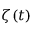
\zeta ( t )